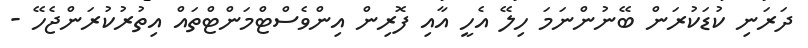
ދަރަނި ކުޑަކުރަން ބޭނުންނަމަ ހިލޭ އެހީ އާއި ފޮރިން އިންވެސްޓްމަންޓްތައް އިތުރުކުރަންޖެހޭ -